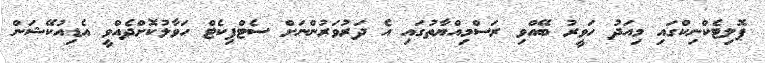
ޕޮލިޓެކްނިކްގައި މިއަދު ހަވީރު ބޭއްވި ރަސްމިއްޔާތުގައި އެ ދަރުވަރުންނަށް ސެޓްފިކެޓް ހަވާލުކޮށްދެއްވީ އެޑިއުކޭޝަން